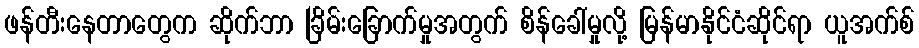
ဖန်တီးနေတာတွေက ဆိုက်ဘာ ခြိမ်းခြောက်မှုအတွက် စိန်ခေါ်မှုလို့ မြန်မာနိုင်ငံဆိုင်ရာ ယူအက်စ်